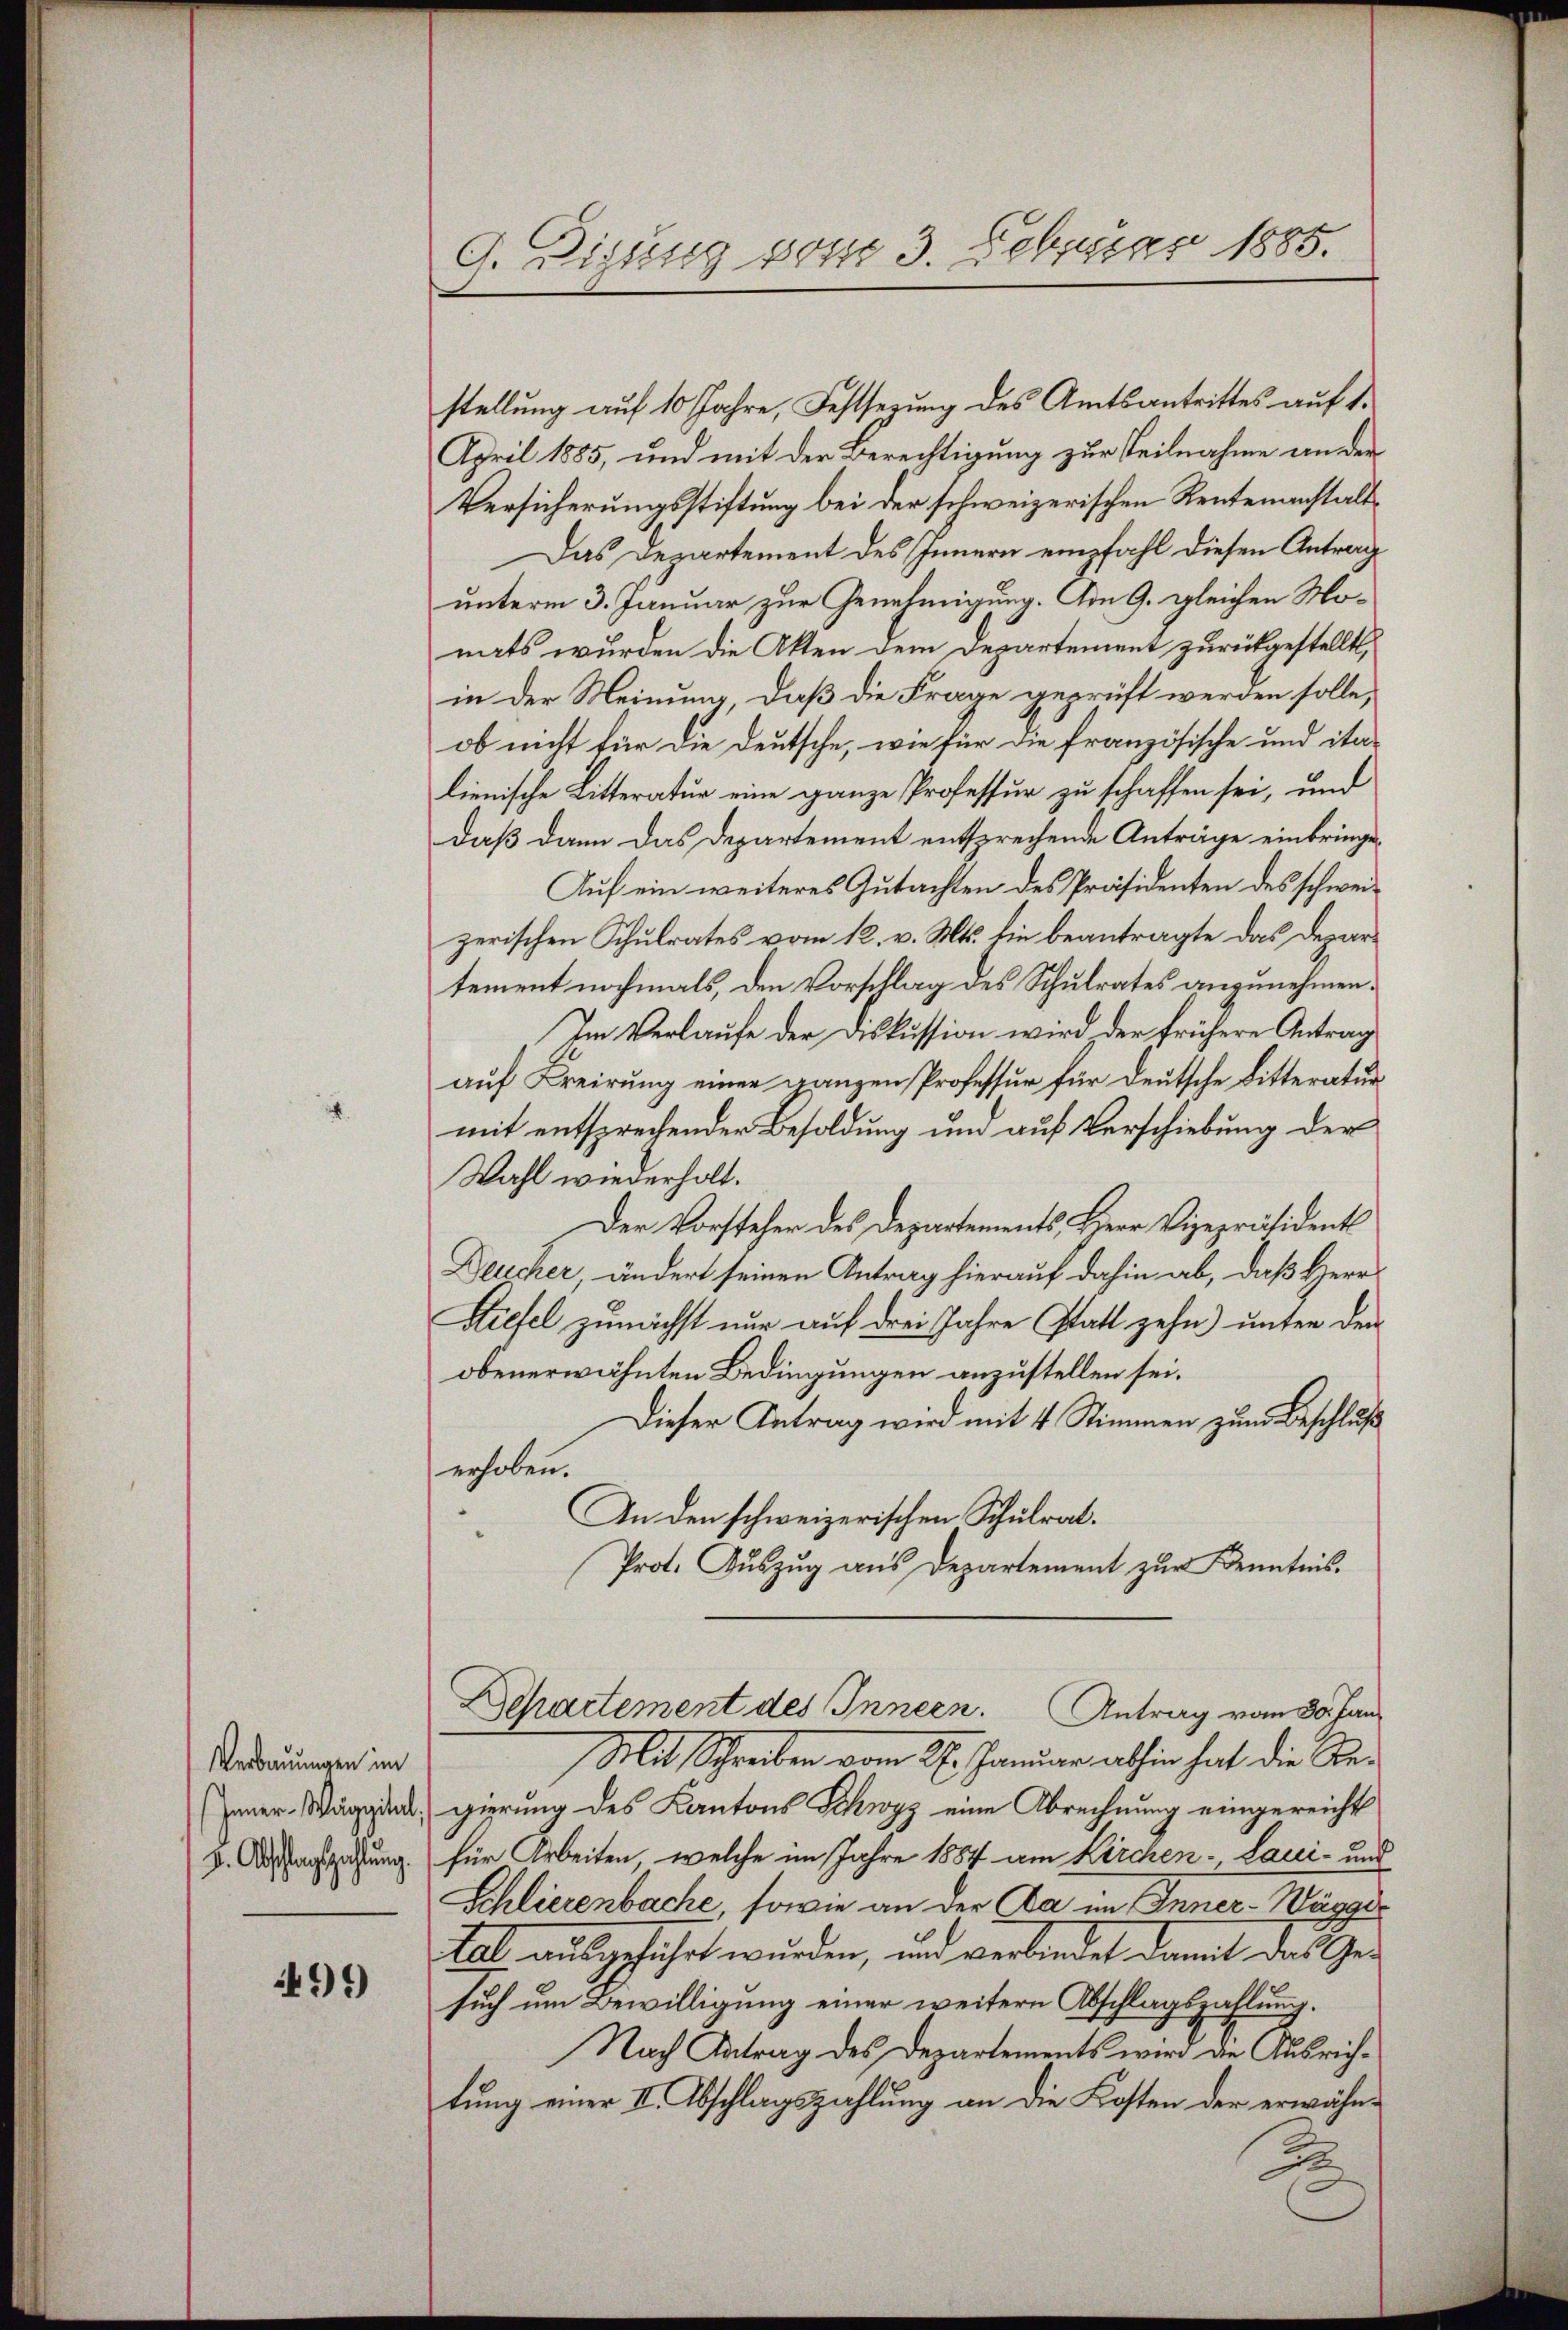
Verbauungen im
Inner-Wäggital,
z. Abschlagszahlung.

499

Auar 1885.
G. Bistung von 3. 100.

stellung auf 10 Jahre, Festsezung des Amtsantrittes auf 1.
April 1885, und mit der Berechtigung zur Teilnahme an der
Versicherungsstiftung bei der schweizerischen Rentenanstalt
Das Departement des Innern empfahl diesen Antrag
unterm 3. Januar zur Genehmigung. Am 9. gleichen Monats wurden die Akten dem Departement zurückgestellt,
in der Meinung, daß die Frage geprüft werden solle,
ob nicht für die Deutsche, wie für die französische und ita-
lienische Litteratur eine ganze Professur zu schaffen sei, und
daß dann das Departement entsprechende Anträge einbringe¬
Auf ein weiteres Gutachten des Präsidenten des schweizerischen Schulrates vom 12. v. Mts. sie beantragte das Departement nochmals, den Vorschlag des Schulrates anzunehmen.
Im Verlaufe der Diskussion wird der frühere Antrag
auf Freirung einer ganzen Professur für deutsche Litteratur
mit entsprechender Besoldung und auf Verschiebung der
Wahl wiederholt.
Der Vorsteher des Departements, Herr Vizepräsident
Deucher, ändert seinen Antrag hierauf dahin ab, daß Herr
Stiefel zunächst nur auf drei Jahre statt zehn unter den
obenerwähnten Bedingungen anzustellen sei.
Dieser Antrag wird mit 4 Stimmen zum Beschluß
erhoben.
An den schweizerischen Schulrat.
Prot. Auszug aus Departement zur Kenntnis.

Departement des Innern.
Antrag vom 30. Jan.

Mit Schreiben vom 27. Januar abhin hat die Begierung des Kantons Schwyz eine Abrechnung eingereicht
für Arbeiten, welche im Jahre 1884 am Kirchen-Laui- und
Schlierenbache, sowie an der Aa im Inner-Wägger
tal ausgeführt wurden, und verbindet damit das Gesuch um Bewilligung einer weitern Abschlagszahlung.
Nach Antrag des Departements wird an Ausrichtung einer II. Abschlagszahlung an die Kosten der erwähnd